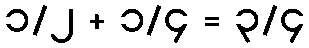
၁/၂ + ၁/၄ = ၃/၄